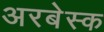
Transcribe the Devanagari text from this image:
अरबेस्क